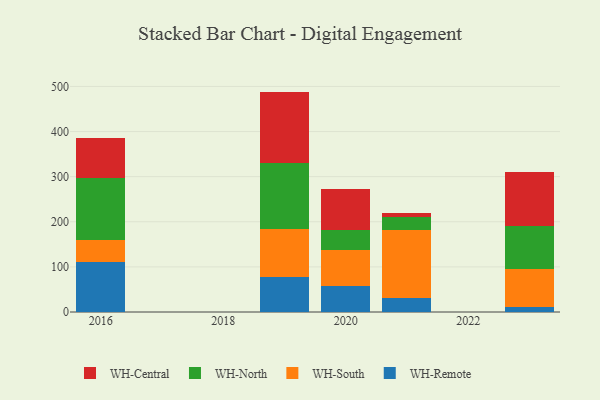
{"axis": {"x": "Year", "y": "Production Output"}, "legend": ["WH-Central", "WH-North", "WH-Remote", "WH-South"], "data": [{"x": "2016", "y": 110.5, "type": "WH-Remote"}, {"x": "2016", "y": 50.0, "type": "WH-South"}, {"x": "2016", "y": 135.7, "type": "WH-North"}, {"x": "2016", "y": 88.8, "type": "WH-Central"}, {"x": "2020", "y": 57.7, "type": "WH-Remote"}, {"x": "2020", "y": 79.1, "type": "WH-South"}, {"x": "2020", "y": 43.9, "type": "WH-North"}, {"x": "2020", "y": 91.8, "type": "WH-Central"}, {"x": "2023", "y": 12.0, "type": "WH-Remote"}, {"x": "2023", "y": 82.6, "type": "WH-South"}, {"x": "2023", "y": 96.7, "type": "WH-North"}, {"x": "2023", "y": 118.1, "type": "WH-Central"}, {"x": "2019", "y": 78.1, "type": "WH-Remote"}, {"x": "2019", "y": 106.4, "type": "WH-South"}, {"x": "2019", "y": 145.2, "type": "WH-North"}, {"x": "2019", "y": 158.9, "type": "WH-Central"}, {"x": "2021", "y": 30.2, "type": "WH-Remote"}, {"x": "2021", "y": 150.9, "type": "WH-South"}, {"x": "2021", "y": 30.5, "type": "WH-North"}, {"x": "2021", "y": 7.3, "type": "WH-Central"}]}